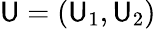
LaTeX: \mathsf{U}=(\mathsf{U}_{1},\mathsf{U}_{2})